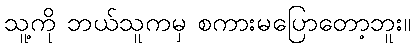
သူ့ကို ဘယ်သူကမှ စကားမပြောတော့ဘူး။